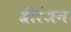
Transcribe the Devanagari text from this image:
श्रीरंजन